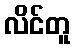
လိင်တူ